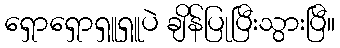
ရှောရှောရှူရှူပဲ ချိန်ပြုပြီးသွားပြီ။